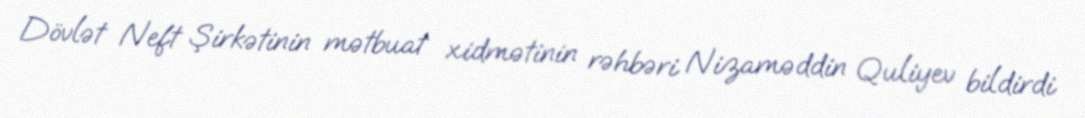
Dövlət Neft Şirkətinin mətbuat xidmətinin rəhbəri Nizaməddin Quliyev bildirdi